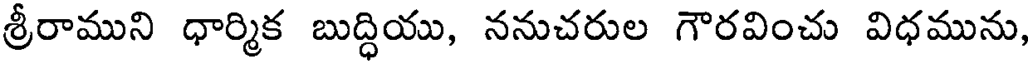
శ్రీరాముని ధార్మిక బుద్ధియు, ననుచరుల గౌరవించు విధమును,